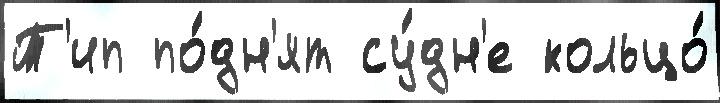
Т'ип по́дн'ят су́дн'е кольцо́